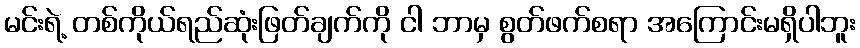
မင်းရဲ့ တစ်ကိုယ်ရည်ဆုံးဖြတ်ချက်ကို ငါ ဘာမှ စွတ်ဖက်စရာ အကြောင်းမရှိပါဘူး